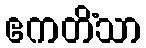
ဧကတိံသာ